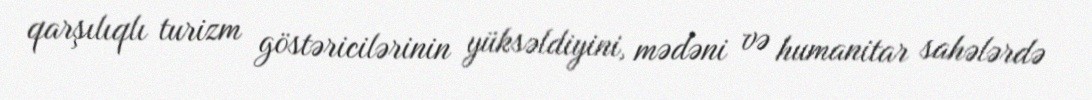
qarşılıqlı turizm göstəricilərinin yüksəldiyini, mədəni və humanitar sahələrdə